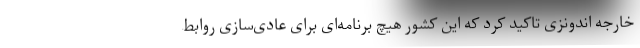
خارجه اندونزی تاکید کرد که این کشور هیچ برنامه‌ای برای عادی‌سازی روابط